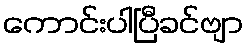
ကောင်းပါပြီခင်ဗျာ